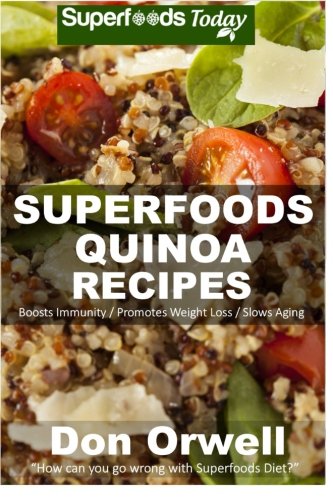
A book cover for Superfoods Quinoa Recipes: 30 Recipes : Quinoa Cookbook, Weight Maintenance Diet, Wheat Free Diet, Whole Foods Diet, Gluten Free Diet, Antioxidants & ... your body- detox diet plan) (Volume 100); Don Orwell; Cookbooks, Food & Wine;